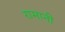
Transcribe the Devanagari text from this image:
रामानी